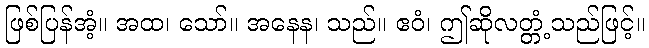
ဖြစ်ပြန်အံ့။ အထ၊ သော်။ အနေန၊ သည်။ ဧဝံ၊ ဤဆိုလတ္တံ့သည်ဖြင့်။